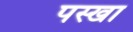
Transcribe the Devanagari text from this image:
पस्खा